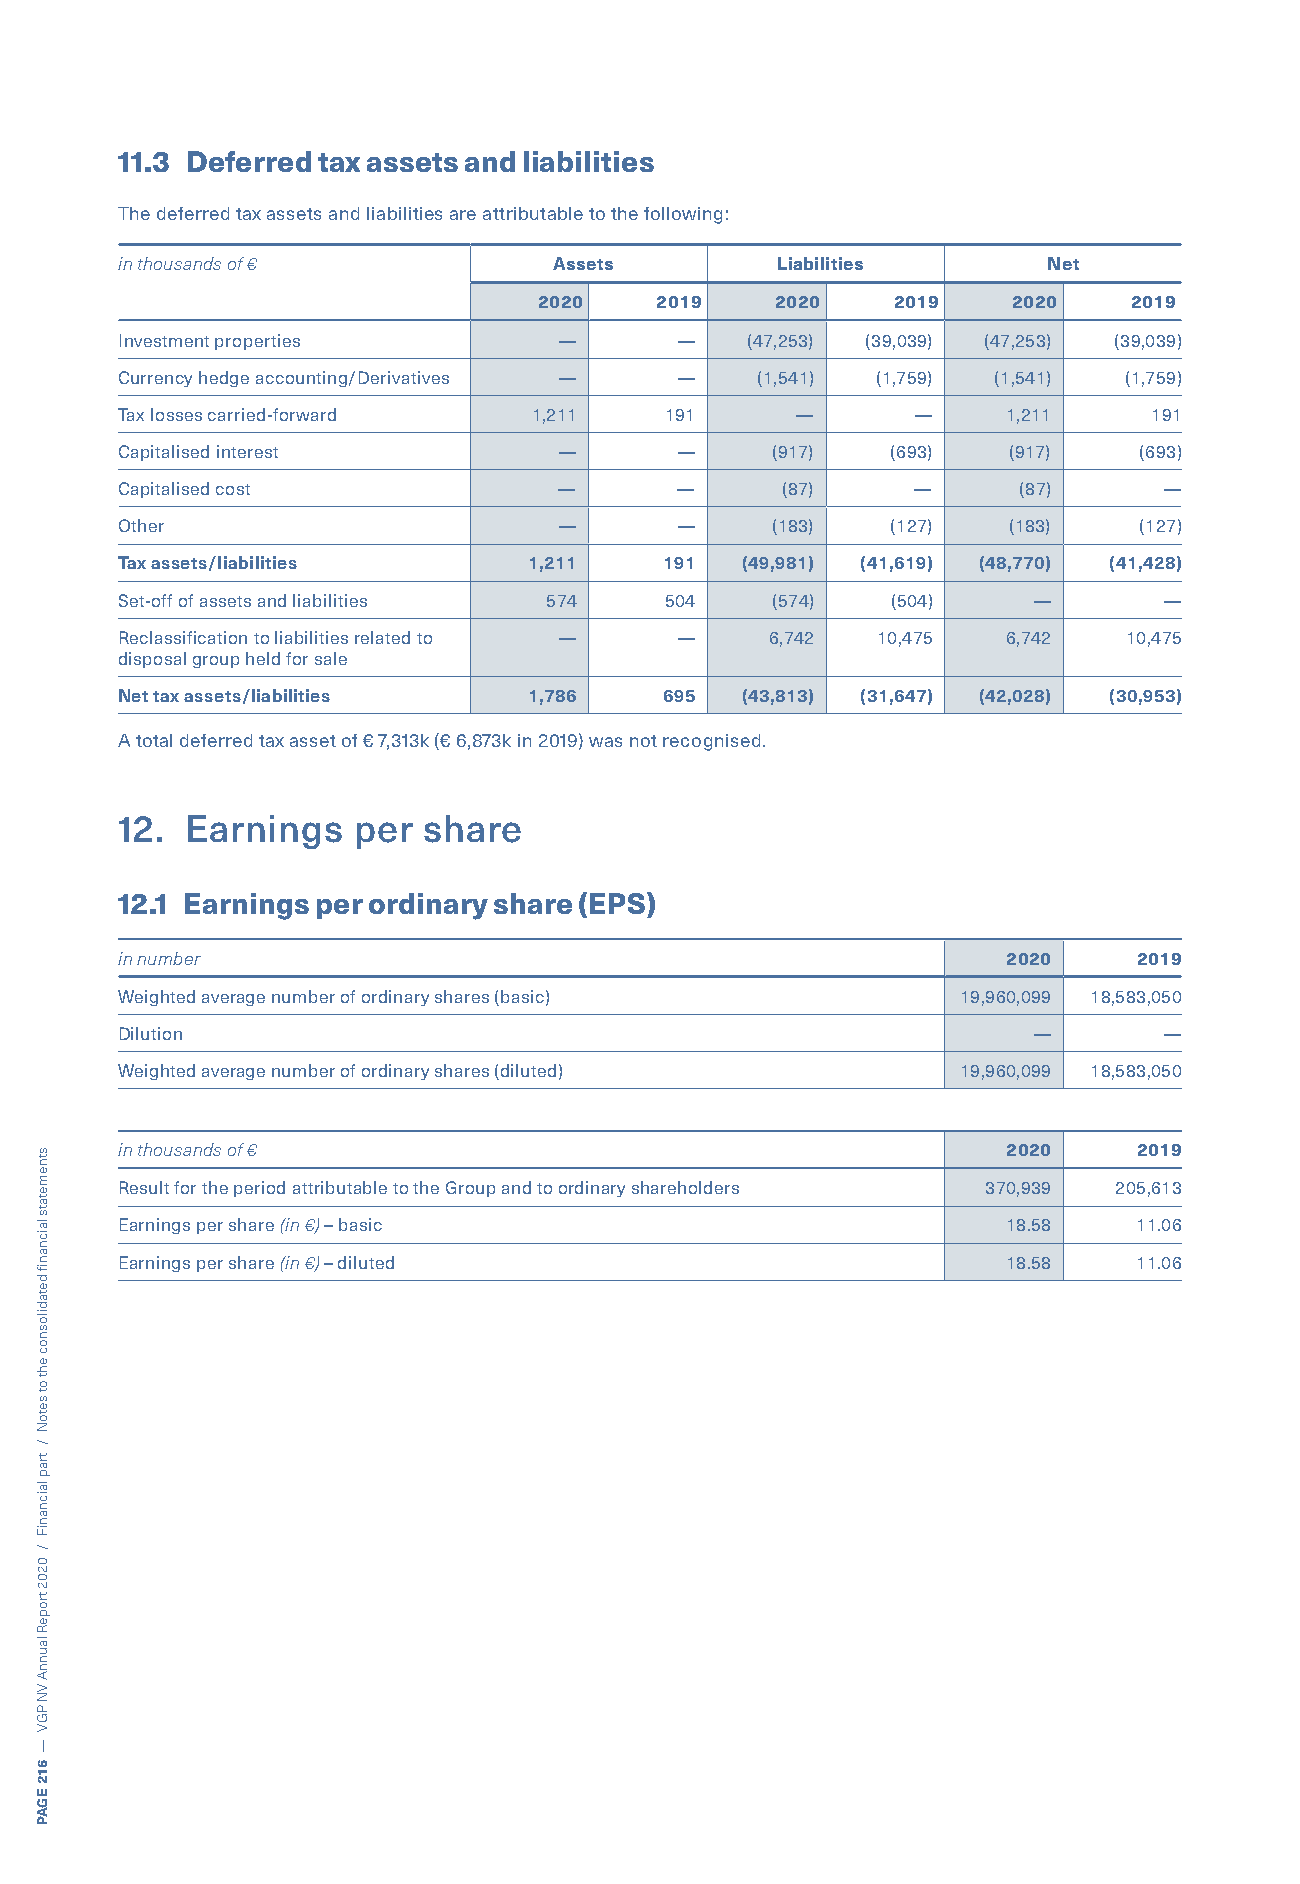
11.3 Deferred tax assets and liabilities
 The deferred tax assets and liabilities are attributable to the following:
 in thousands of €            Assets        Liabilities       Net
 2020   2019    2020    2019    2020    2019
 Investment properties        —       —   (47,253) (39,039) (47,253) (39,039)
 Currency hedge accounting/Derivatives — — (1,541) (1,759) (1,541) (1,759)
 Tax losses carried-forward 1,211    191      —       —     1,211    191
 Capitalised interest         —       —     (917)   (693)   (917)   (693)
 Capitalised cost             —       —      (87)     —     (87)      —
 Other                        —       —     (183)   (127)   (183)   (127)
 Tax assets/liabilities     1,211    191  (49,981) (41,619) (48,770) (41,428)
 Set-off of assets and liabilities 574 504  (574)   (504)    —        —
 Reclassification to liabilities related to — — 6,742 10,475 6,742 10,475
 disposal group held for sale
 Net tax assets/liabilities 1,786    695  (43,813) (31,647) (42,028) (30,953)
 A total deferred tax asset of € 7,313k (€ 6,873k in 2019) was not recognised.
 12. Earnings   per  share
 12.1 Earnings per ordinary share (EPS)
 in number                                                  2020    2019
 Weighted average number of ordinary shares (basic)      19,960,099 18,583,050
 Dilution                                                    —        —
 Weighted average number of ordinary shares (diluted)    19,960,099 18,583,050
 in thousands of €                                          2020    2019
 Result for the period attributable to the Group and to ordinary shareholders 370,939 205,613
 Earnings per share (in €) – basic                          18.58   11.06
 Earnings per share (in €) – diluted                        18.58   11.06
 stnemetats
 laicnanif
 detadilosnoc
 eht
 ot
 setoN
 /
 trap
 laicnaniF
 /
 0202
 tropeR
 launnA
 VN
 PGV
 —
 612
 EGAP